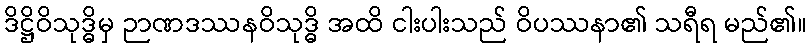
ဒိဋ္ဌိဝိသုဒ္ဓိမှ ဉာဏဒဿနဝိသုဒ္ဓိ အထိ ငါးပါးသည် ဝိပဿနာ၏ သရီရ မည်၏။